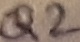
Text: Q2